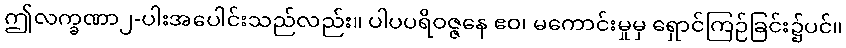
ဤလက္ခဏာ၂-ပါးအပေါင်းသည်လည်း။ ပါပပရိဝဇ္ဇနေ ဧဝ၊ မကောင်းမှုမှ ရှောင်ကြဉ်ခြင်း၌ပင်။